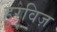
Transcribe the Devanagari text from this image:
हुरविज़